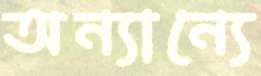
অন্যান্যে